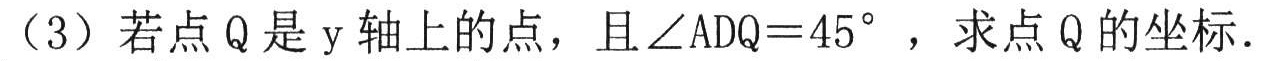
（3）若点 Q 是 y 轴上的点，且\(\angle ADQ = 45^{\circ}\)，求点 Q 的坐标．